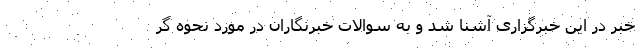
خبر در این خبرگزاری آشنا شد و به سوالات خبرنگاران در مورد نحوه گر